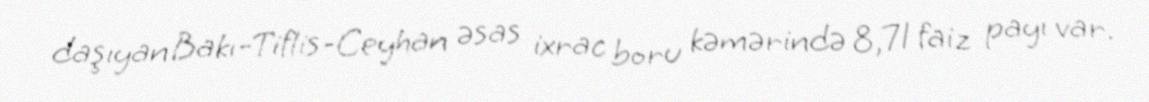
daşıyan Bakı-Tiflis-Ceyhan əsas ixrac boru kəmərində 8,71 faiz payı var.